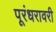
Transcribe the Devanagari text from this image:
पूरंधरावरी